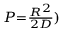
\scriptstyle P = { \frac { R ^ { 2 } } { 2 D } } )